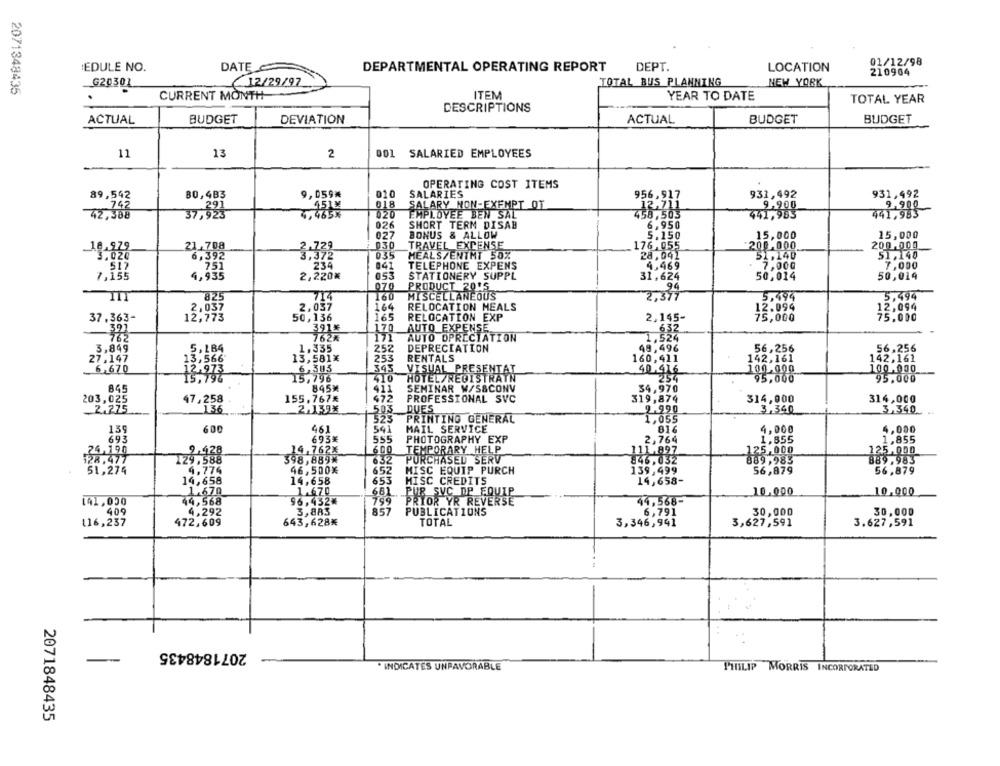
01/12/98
EDULE NO.
DATE
DEPARTMENTAL OPERATING REPORT
DEPT.
LOCATION
210904
G20301
12/29/97
TOTAL BUS PLANNING
NEW YORK
2071348435
CURRENT MONTH
ITEM
YEAR TO DATE
TOTAL YEAR
DESCRIPTIONS
ACTUAL
BUDGET
DEVIATION
ACTUAL
BUDGET
BUDGET
11
13
2
001 SALARIED EMPLOYEES
OPERATING COST ITEMS
89,542
80,483
9,059*
010
SALARIES
956,917
931,492
931,492
451×
018
SALARY NON-EXEMPT OT
12,711
9,900
37,325
4,465%
020
EMPLOYEE BEN SAL
458,503
441,983
441,983
42,388
026
SHORT TERM DISAB
6,950
027
BONUS & ALLOW
5.150
15,000
15,000
2 030
TRAVEL EXPENSE
176,055
200.000
200.000
51,140
-18:828
23,708
3:332
035
MEALS/ENTMT 50%
28,041
51,140
234
041
TELEPHONE EXPENS
4,469
7,000
7,000
053
STATIONERY SUPPL
31,624
50,014
50,014
4,33
070
PRODUCT 2015
29
714
160
MISCELLANEOUS
2,377
5,494
5,494
825
2,037
164
RELOCATION MEALS
37.363-
13.057
12.094
12,094
50,136
165
RELOCATION EXP
2,145-
75,000
75.000
.397
391%
170
AUTO EXPENSE
7624
AUTO DPRECIATION
1,524
6.32
171
3,849
5.184
1.335
252
DEPRECIATION
49,496
56,256
56,256
27.147
13,581×
253
RENTALS
160,411
142,161
142,161
13.566
6,305
VISUAL PRESENTAT
6,670
343.
40.976
82-888
95.000-
13,933
15,796
410
HOTEL/REGISTRATN
845%
411
SEMINAR W/S&CONV
34,970
203,025
155,767*
472
PROFESSIONAL SVC
319,874
314,000
314,000
47,258
2.275
136
2.139%
503_
DUES
9.990
3,340
3,340
523
PRINTING GENERAL
1,055
139
600
461
541
MAIL SERVICE
816
4,000
4,000
693
693%
555
PHOTOGRAPHY EXP
2,764
1,855
1,855
600
TEMPORARY HELP
111.897
125,000
398,889*
14.7624
632
PURCHASED SERV
846,032
889,983
51,274
4.774
96,500%
652
MISC EQUIP PURCH
139,499
56,879
56,879
14,658
14,658
653
HISC CREDITS
14,658-
1.670
1.670
681
10.000
10,000
799
3 SVC DP EQUIP
141,050
44,568
96,432#
PRIOR YR REVERSE
44,568-
409
4.292
3,883
857
PUBLICATIONS
6,791
30,000
30,000
643,628₭
116,237
472,609
TOTAL
3,346,941
3,627,591
3.627,591
2071848435
-
INDICATES UNFAVORABLE
PHILIP MORRIS INCORPORATED
2071848435